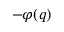
- \varphi ( q )